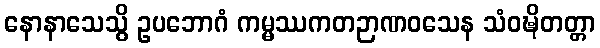
နောနာသေသွိ ဥပဘောဂံ ကမ္မဿကတဉာဏဝသေန သံဝဍ္ဎိတတ္တာ